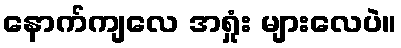
နောက်ကျလေ အရှုံး များလေပဲ။